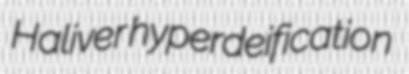
Haliver hyperdeification